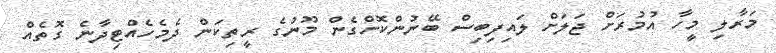
މަރާލި މީހާ އުމުރަށް ޖަލަށް ލައިފިބިސް ބޭނުންކޮށްގެން މޫނުގެ ރީތިކަން ދެމެހެއްޓިދާނެ ގޮތެއް